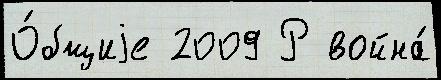
О́бщиjе 2009 Р война́